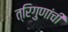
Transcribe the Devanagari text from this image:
त्रिगुणांची